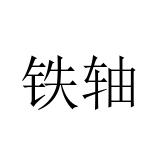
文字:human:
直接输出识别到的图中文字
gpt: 铁轴